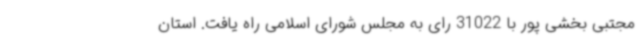
مجتبی بخشی پور با 31022 رای به مجلس شورای اسلامی راه یافت. استان